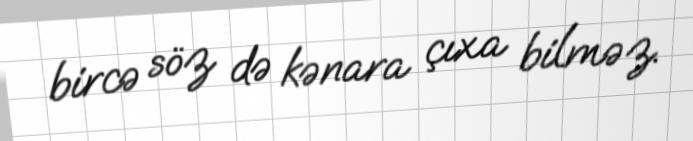
bircə söz də kənara çıxa bilməz.